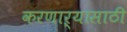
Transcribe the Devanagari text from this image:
करणाऱ्यासाठी